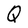
Character: Q